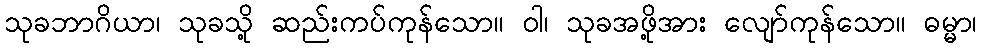
သုခဘာဂိယာ၊ သုခသို့ ဆည်းကပ်ကုန်သော။ ဝါ၊ သုခအဖို့အား လျော်ကုန်သော။ ဓမ္မာ၊